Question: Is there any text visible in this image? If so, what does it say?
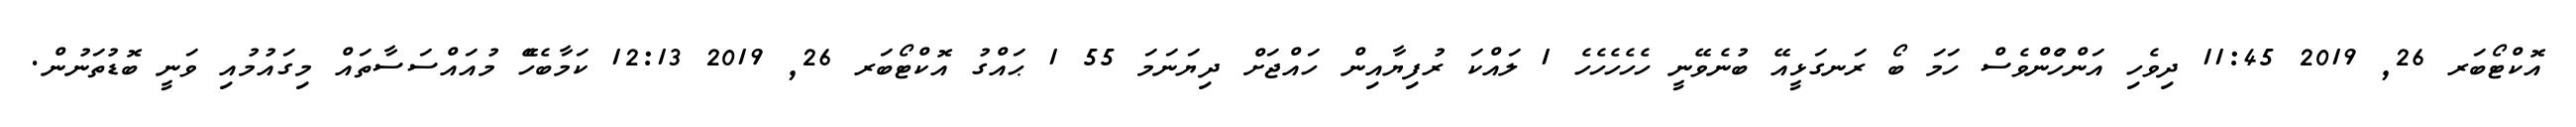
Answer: އޮކްޓޯބަރ 26, 2019 11:45 ދިވެހި އަންހެުންވެސް ހަމަ ބޯ ރަނގަޅީއޭ ބުނެވޭނީ ހެހެހެހެހެ 1 ލައްކަ ރުފިޔާއިން ހައްޖަށް ދިޔަނަމަ 55 1 ޙައްގު އޮކްޓޯބަރ 26, 2019 12:13 ކަމާބެހެޭ މުއައްސަސާތައް މިގައުމުއި ވަނީ ބޮޑުތަނުން.